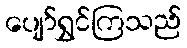
ပျော်ရွှင်ကြသည်